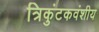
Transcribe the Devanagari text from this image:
त्रिकुंटकवंशीय